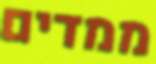
ממדים